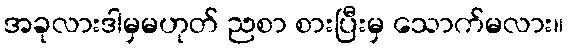
အခုလားဒါမှမဟုတ် ညစာ စားပြီးမှ သောက်မလား။